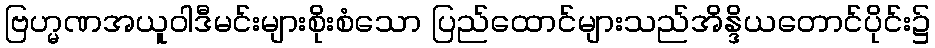
ဗြဟ္မဏအယူဝါဒီမင်းများစိုးစံသော ပြည်ထောင်များသည်အိန္ဒိယတောင်ပိုင်း၌